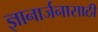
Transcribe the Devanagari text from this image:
ज्ञानार्जनासाठी